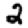
Digit: 2